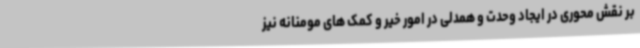
بر نقش محوری در ایجاد وحدت و همدلی در امور خیر و کمک های مومنانه نیز